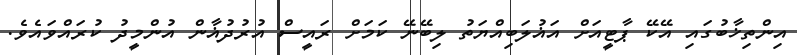
އިންތިޚާބުގައި އޭކޭ ޕާޓީއަށް އަޣުލަބިއްޔަތު ލިބޭނޭ ކަމަށް ރައީސް އުރުދުޣާން އުންމީދު ކުރައްވައެވެ.